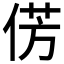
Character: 𪝆